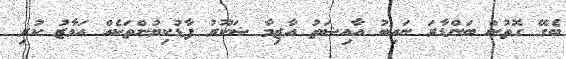
ބެގޭ ގޮތުން ބަންޑާރަ ނައިބު އާއިޝަތު އާޒިމާ ޝަކޫރު ފާޑުކިޔުންތަކެއް އަމާޒު ކުރި